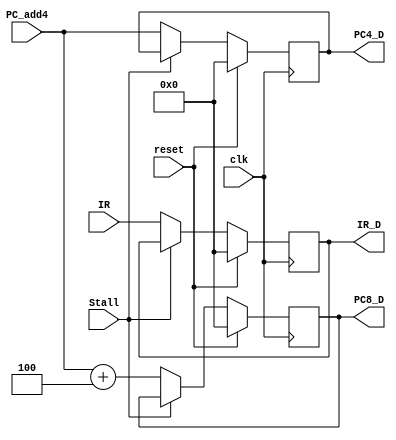
`timescale 1ns / 1ps
//////////////////////////////////////////////////////////////////////////////////
// Company: 
// Engineer: 
// 
// Design Name: 
// Module Name:    D 
// Project Name: 
// Target Devices: 
// Tool versions: 
// Description: 
//
// Dependencies: 
//
// Revision: 
// Revision 0.01 - File Created
// Additional Comments: 
//
//////////////////////////////////////////////////////////////////////////////////
module D(
    input clk,
	 input reset,
	 input [31:0] IR,
	 input [31:0] PC_add4,
	 input Stall,
	 output reg[31:0] PC8_D,
	 output reg[31:0] IR_D,
	 output reg[31:0] PC4_D
    );
	 always @(posedge clk) begin
	   if(reset) begin
		IR_D <= 0;
		PC4_D <= 0;
		PC8_D <= 0;
		end
		else begin
		if(Stall) begin
		end
		else begin
	   IR_D <= IR;
	   PC4_D <= PC_add4;//ADD4
		PC8_D <= PC_add4 + 4;
		end
		end
	 end


endmodule